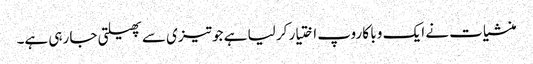
منشیات نے ایک و با کا روپ اختیار کر لیا ہے جو تیزی سے پھیلتی جا رہی ہے۔